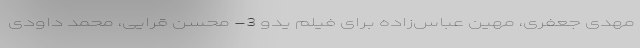
مهدی جعفری، مهین عباس‌زاده برای فیلم یدو 3- محسن قرایی، محمد داودی